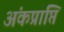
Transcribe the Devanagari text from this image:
अंकप्राप्ति